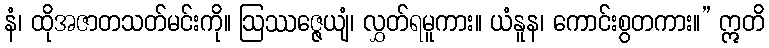
နံ၊ ထိုအဇာတသတ်မင်းကို။ ဩဿဇ္ဇေယျံ၊ လွှတ်ရမူကား။ ယံနူန၊ ကောင်းစွတကား။” ဣတိ